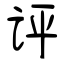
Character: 评